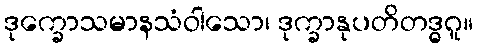
ဒုက္ခောသမာနသံဝါသော၊ ဒုက္ခာနုပတိတဒ္ဓဂူ။